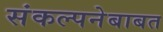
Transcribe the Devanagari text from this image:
संकल्पनेबाबत